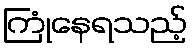
ကြုံနေရသည့်